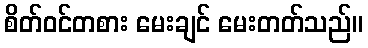
စိတ်ဝင်တစား မေးချင် မေးတတ်သည်။